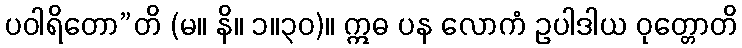
ပဝါရိတော”တိ (မ။ နိ။ ၁။၃၀)။ ဣဓ ပန လောကံ ဥပါဒါယ ဝုတ္တောတိ